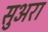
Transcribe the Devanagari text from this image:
सुअरा